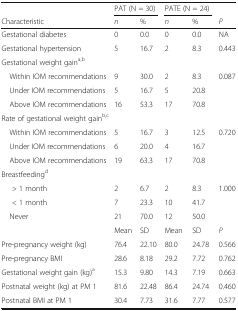
|  | <COLSPAN=2> PAT (N = 30) | <COLSPAN=2> PATE (N = 24) |  |
 | Characteristic | n | % | n | % | P |
 | --- | --- | --- | --- | --- | --- |
 | Gestational diabetes | 0 | 0.0 | 0 | 0.0 | NA |
 | Gestational hypertension | 5 | 16.7 | 2 | 8.3 | 0.443 |
 | <COLSPAN=6> Gestational weight gaina,b |
 | Within IOM recommendations | 9 | 30.0 | 2 | 8.3 | <ROWSPAN=3> 0.087 |
 | Under IOM recommendations | 5 | 16.7 | 5 | 20.8 |
 | Above IOM recommendations | 16 | 53.3 | 17 | 70.8 |
 | <COLSPAN=6> Rate of gestational weight gainb,c |
 | Within IOM recommendations | 5 | 16.7 | 3 | 12.5 | <ROWSPAN=3> 0.720 |
 | Under IOM recommendations | 6 | 20.0 | 4 | 16.7 |
 | Above IOM recommendations | 19 | 63.3 | 17 | 70.8 |
 | <COLSPAN=6> Breastfeedingd |
 | > 1 month | 2 | 6.7 | 2 | 8.3 | <ROWSPAN=3> 1.000 |
 | < 1 month | 7 | 23.3 | 10 | 41.7 |
 | Never | 21 | 70.0 | 12 | 50.0 |
 |  | Mean | SD | Mean | SD | P |
 | Pre-pregnancy weight (kg) | 76.4 | 22.10 | 80.0 | 24.78 | 0.566 |
 | Pre-pregnancy BMI | 28.6 | 8.18 | 29.2 | 7.72 | 0.762 |
 | Gestational weight gain (kg)a | 15.3 | 9.80 | 14.3 | 7.19 | 0.663 |
 | Postnatal weight (kg) at PM 1 | 81.6 | 22.48 | 86.4 | 24.74 | 0.460 |
 | Postnatal BMI at PM 1 | 30.4 | 7.73 | 31.6 | 7.77 | 0.577 |